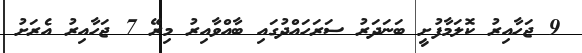
9 ޖަހާއިރު ކޮލަމާފުށީ ބަނަދަރު ސަރަހައްދުގައި ބާއްވާއިރު މިރޭ 7 ޖަހާއިރު އެރަށު